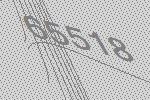
65518